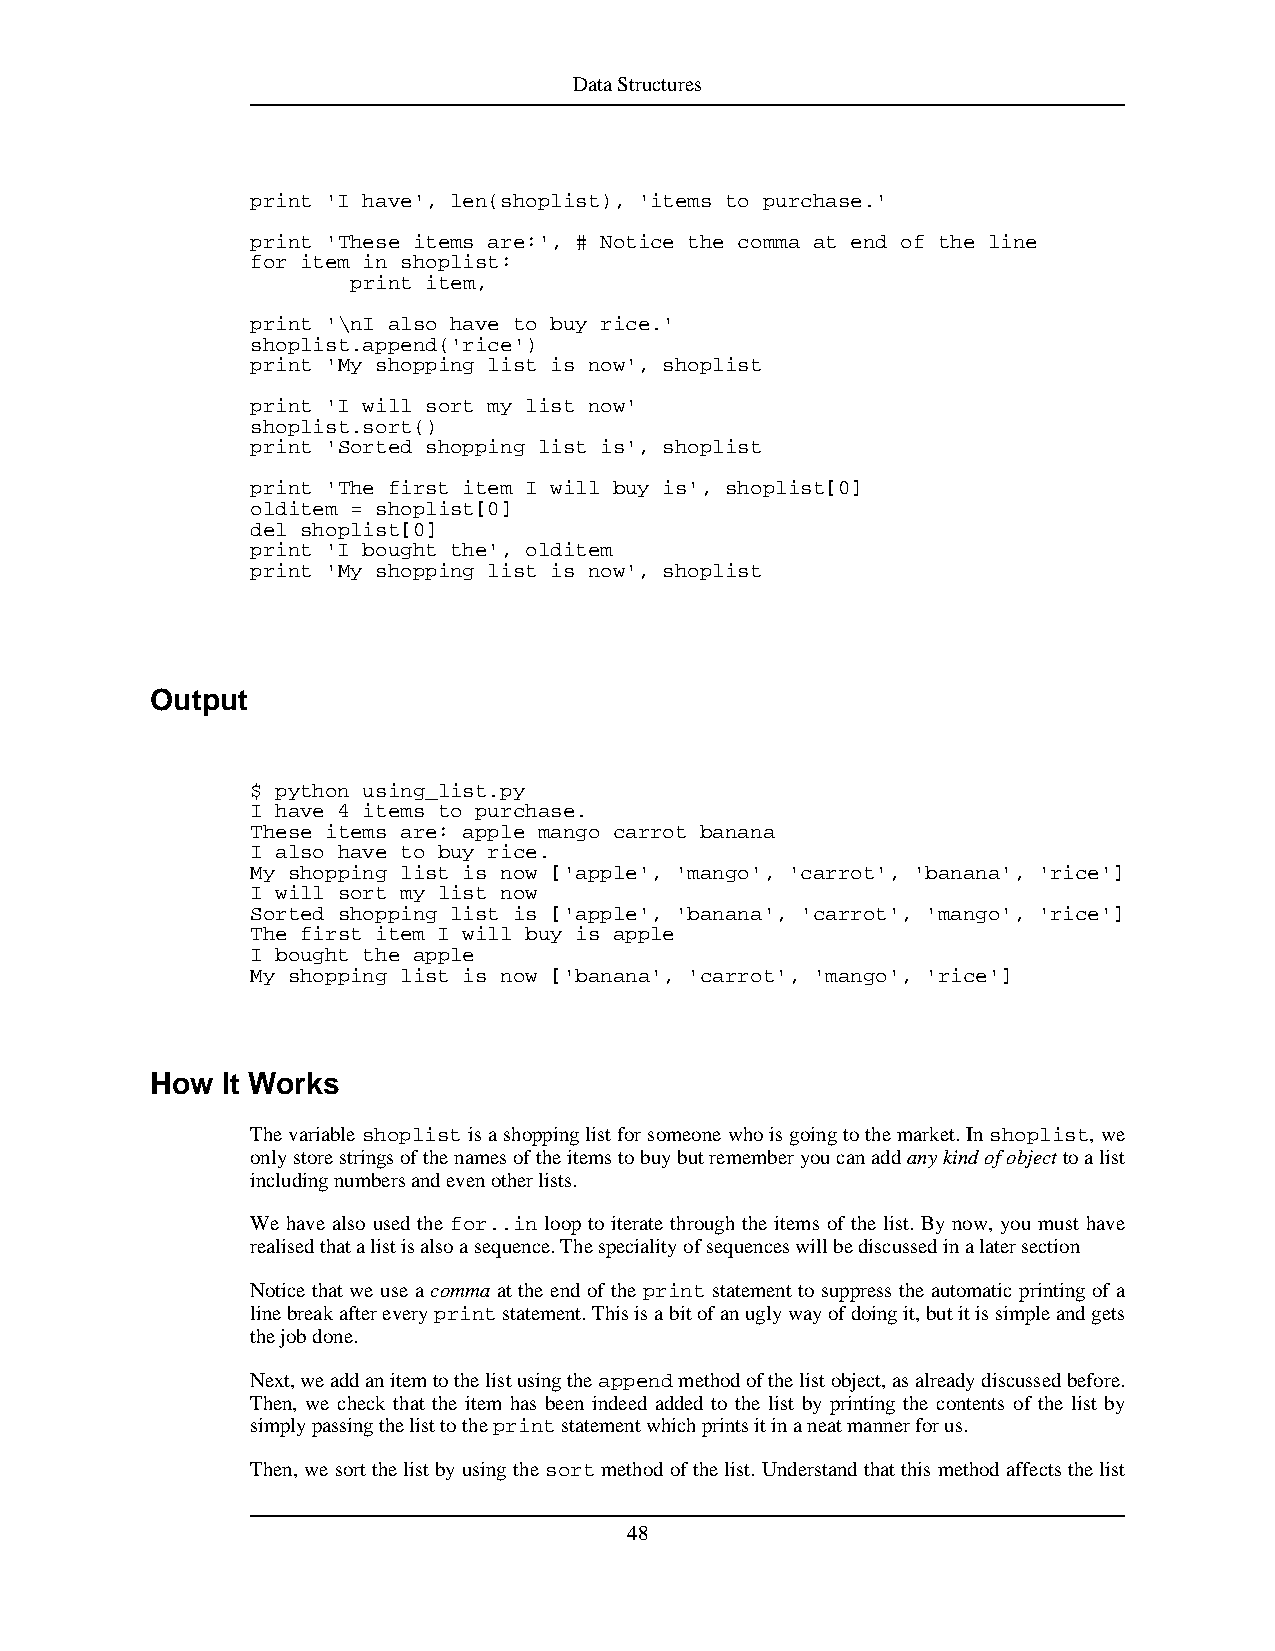
DataStructures
 print 'I have', len(shoplist), 'items to purchase.'
 print 'These items are:', # Notice the comma at end of the line
 for item in shoplist:
 print item,
 print '\nI also have to buy rice.'
 shoplist.append('rice')
 print 'My shopping list is now', shoplist
 print 'I will sort my list now'
 shoplist.sort()
 print 'Sorted shopping list is', shoplist
 print 'The first item I will buy is', shoplist[0]
 olditem = shoplist[0]
 del shoplist[0]
 print 'I bought the', olditem
 print 'My shopping list is now', shoplist
 Output
 $ python using_list.py
 I have 4 items to purchase.
 These items are: apple mango carrot banana
 I also have to buy rice.
 My shopping list is now ['apple', 'mango', 'carrot', 'banana', 'rice']
 I will sort my list now
 Sorted shopping list is ['apple', 'banana', 'carrot', 'mango', 'rice']
 The first item I will buy is apple
 I bought the apple
 My shopping list is now ['banana', 'carrot', 'mango', 'rice']
 How  It Works
 Thevariableshoplistisashoppinglistforsomeonewhoisgoingtothemarket.Inshoplist,we
 onlystorestringsofthenamesoftheitemstobuybutrememberyoucanaddanykindofobjecttoalist
 includingnumbersandevenotherlists.
 We have also used the for..in loop to iterate through the items of the list. By now, you must have
 realisedthatalistisalsoasequence.Thespecialityofsequenceswillbediscussedinalatersection
 Notice that we use a comma at the end of the print statement to suppress the automatic printing of a
 linebreakaftereveryprintstatement.Thisisabitofanuglywayofdoingit,butitissimpleandgets
 thejobdone.
 Next,weaddanitemtothelistusingtheappendmethodofthelistobject,asalreadydiscussedbefore.
 Then, we check that the item has been indeed added to the list by printing the contents of the list by
 simplypassingthelisttotheprintstatementwhichprintsitinaneatmannerforus.
 Then,wesortthelistbyusingthesortmethodofthelist.Understandthatthismethodaffectsthelist
 48